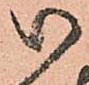
御